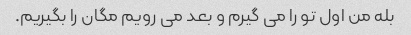
بله من اول تو را می گیرم و بعد می رویم مگان را بگیریم.